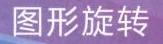
图形旋转